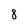
Character: 8